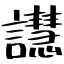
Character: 譿